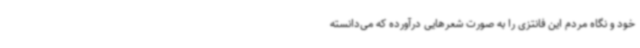
خود و نگاه مردم این فانتزی را به صورت شعرهایی درآورده که می‌دانسته